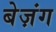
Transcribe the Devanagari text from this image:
बेज़ंग